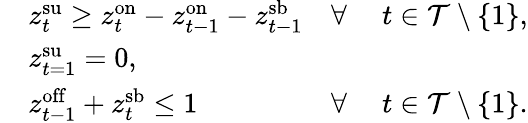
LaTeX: \begin{array}{rlrl}&{z_{t}^{\mathrm{{su}}}\geq z_{t}^{\mathrm{on}}-z_{t-1}^{\mathrm{{on}}}-z_{t-1}^{\mathrm{sb}}}&{\forall~}&{t\in\mathcal{T}\setminus\{ 1\} ,}\\ &{z_{t=1}^{\mathrm{{su}}}=0,}\\ &{z_{t-1}^{\mathrm{off}}+z_{t}^{\mathrm{{sb}}}\leq 1}&{\forall~}&{t\in\mathcal{T}\setminus\{ 1\} .}\end{array}